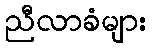
ညီလာခံများ